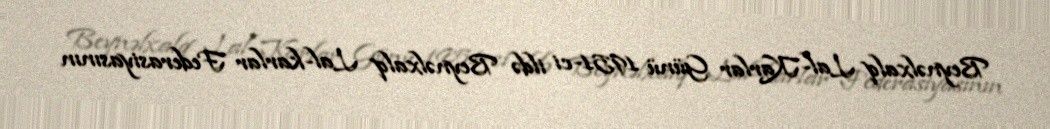
Beynəlxalq Lal-Karlar Günü 1951-ci ildə Beynəlxalq Lal-karlar Federasiyasının